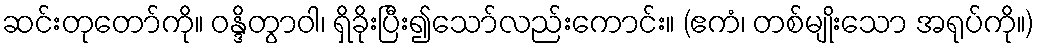
ဆင်းတုတော်ကို။ ဝန္ဒိတွာဝါ၊ ရှိခိုးပြီး၍သော်လည်းကောင်း။ (ဧကံ၊ တစ်မျိုးသော အရုပ်ကို။)